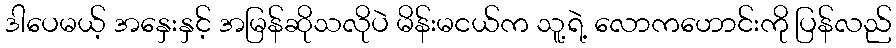
ဒါပေမယ့် အနှေးနှင့် အမြန်ဆိုသလိုပဲ မိန်းမငယ်က သူ့ရဲ့ လောကဟောင်းကို ပြန်လည်